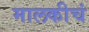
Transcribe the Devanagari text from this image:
मालकीचं